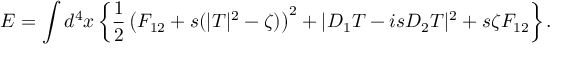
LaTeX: E = \int d ^ { 4 } x \left\{ \frac 1 2 \left( F _ { 1 2 } + s ( | T | ^ { 2 } - \zeta ) \right) ^ { 2 } + | D _ { 1 } T - i s D _ { 2 } T | ^ { 2 } + s \zeta F _ { 1 2 } \right\} .